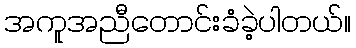
အကူအညီတောင်းခံခဲ့ပါတယ်။